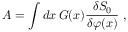
A = \int d x \, G ( x ) \frac { \delta S _ { 0 } } { \delta \varphi ( x ) } \ ,